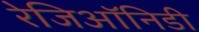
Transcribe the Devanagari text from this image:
रेजिऑनिडी